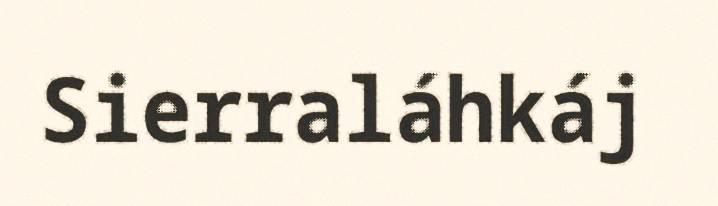
Sierraláhkáj